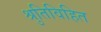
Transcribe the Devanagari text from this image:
श्रुतिविहित